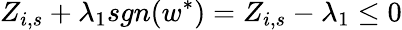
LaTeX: Z_{i,s}+\lambda_{1}sgn(w^{\ast})=Z_{i,s}-\lambda_{1}\leq 0